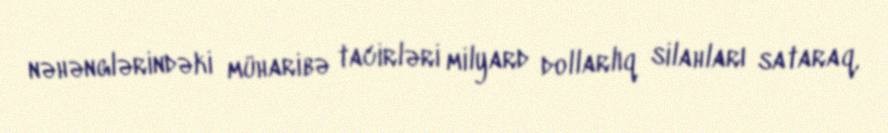
nəhənglərindəki müharibə tacirləri milyard dollarlıq silahları sataraq,